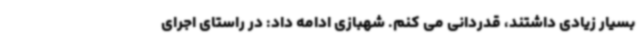
بسیار زیادی داشتند، قدردانی می کنم. شهبازی ادامه داد: در راستای اجرای